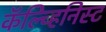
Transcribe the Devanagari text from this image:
कॅल्व्हिनिस्ट